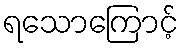
ရသောကြောင့်